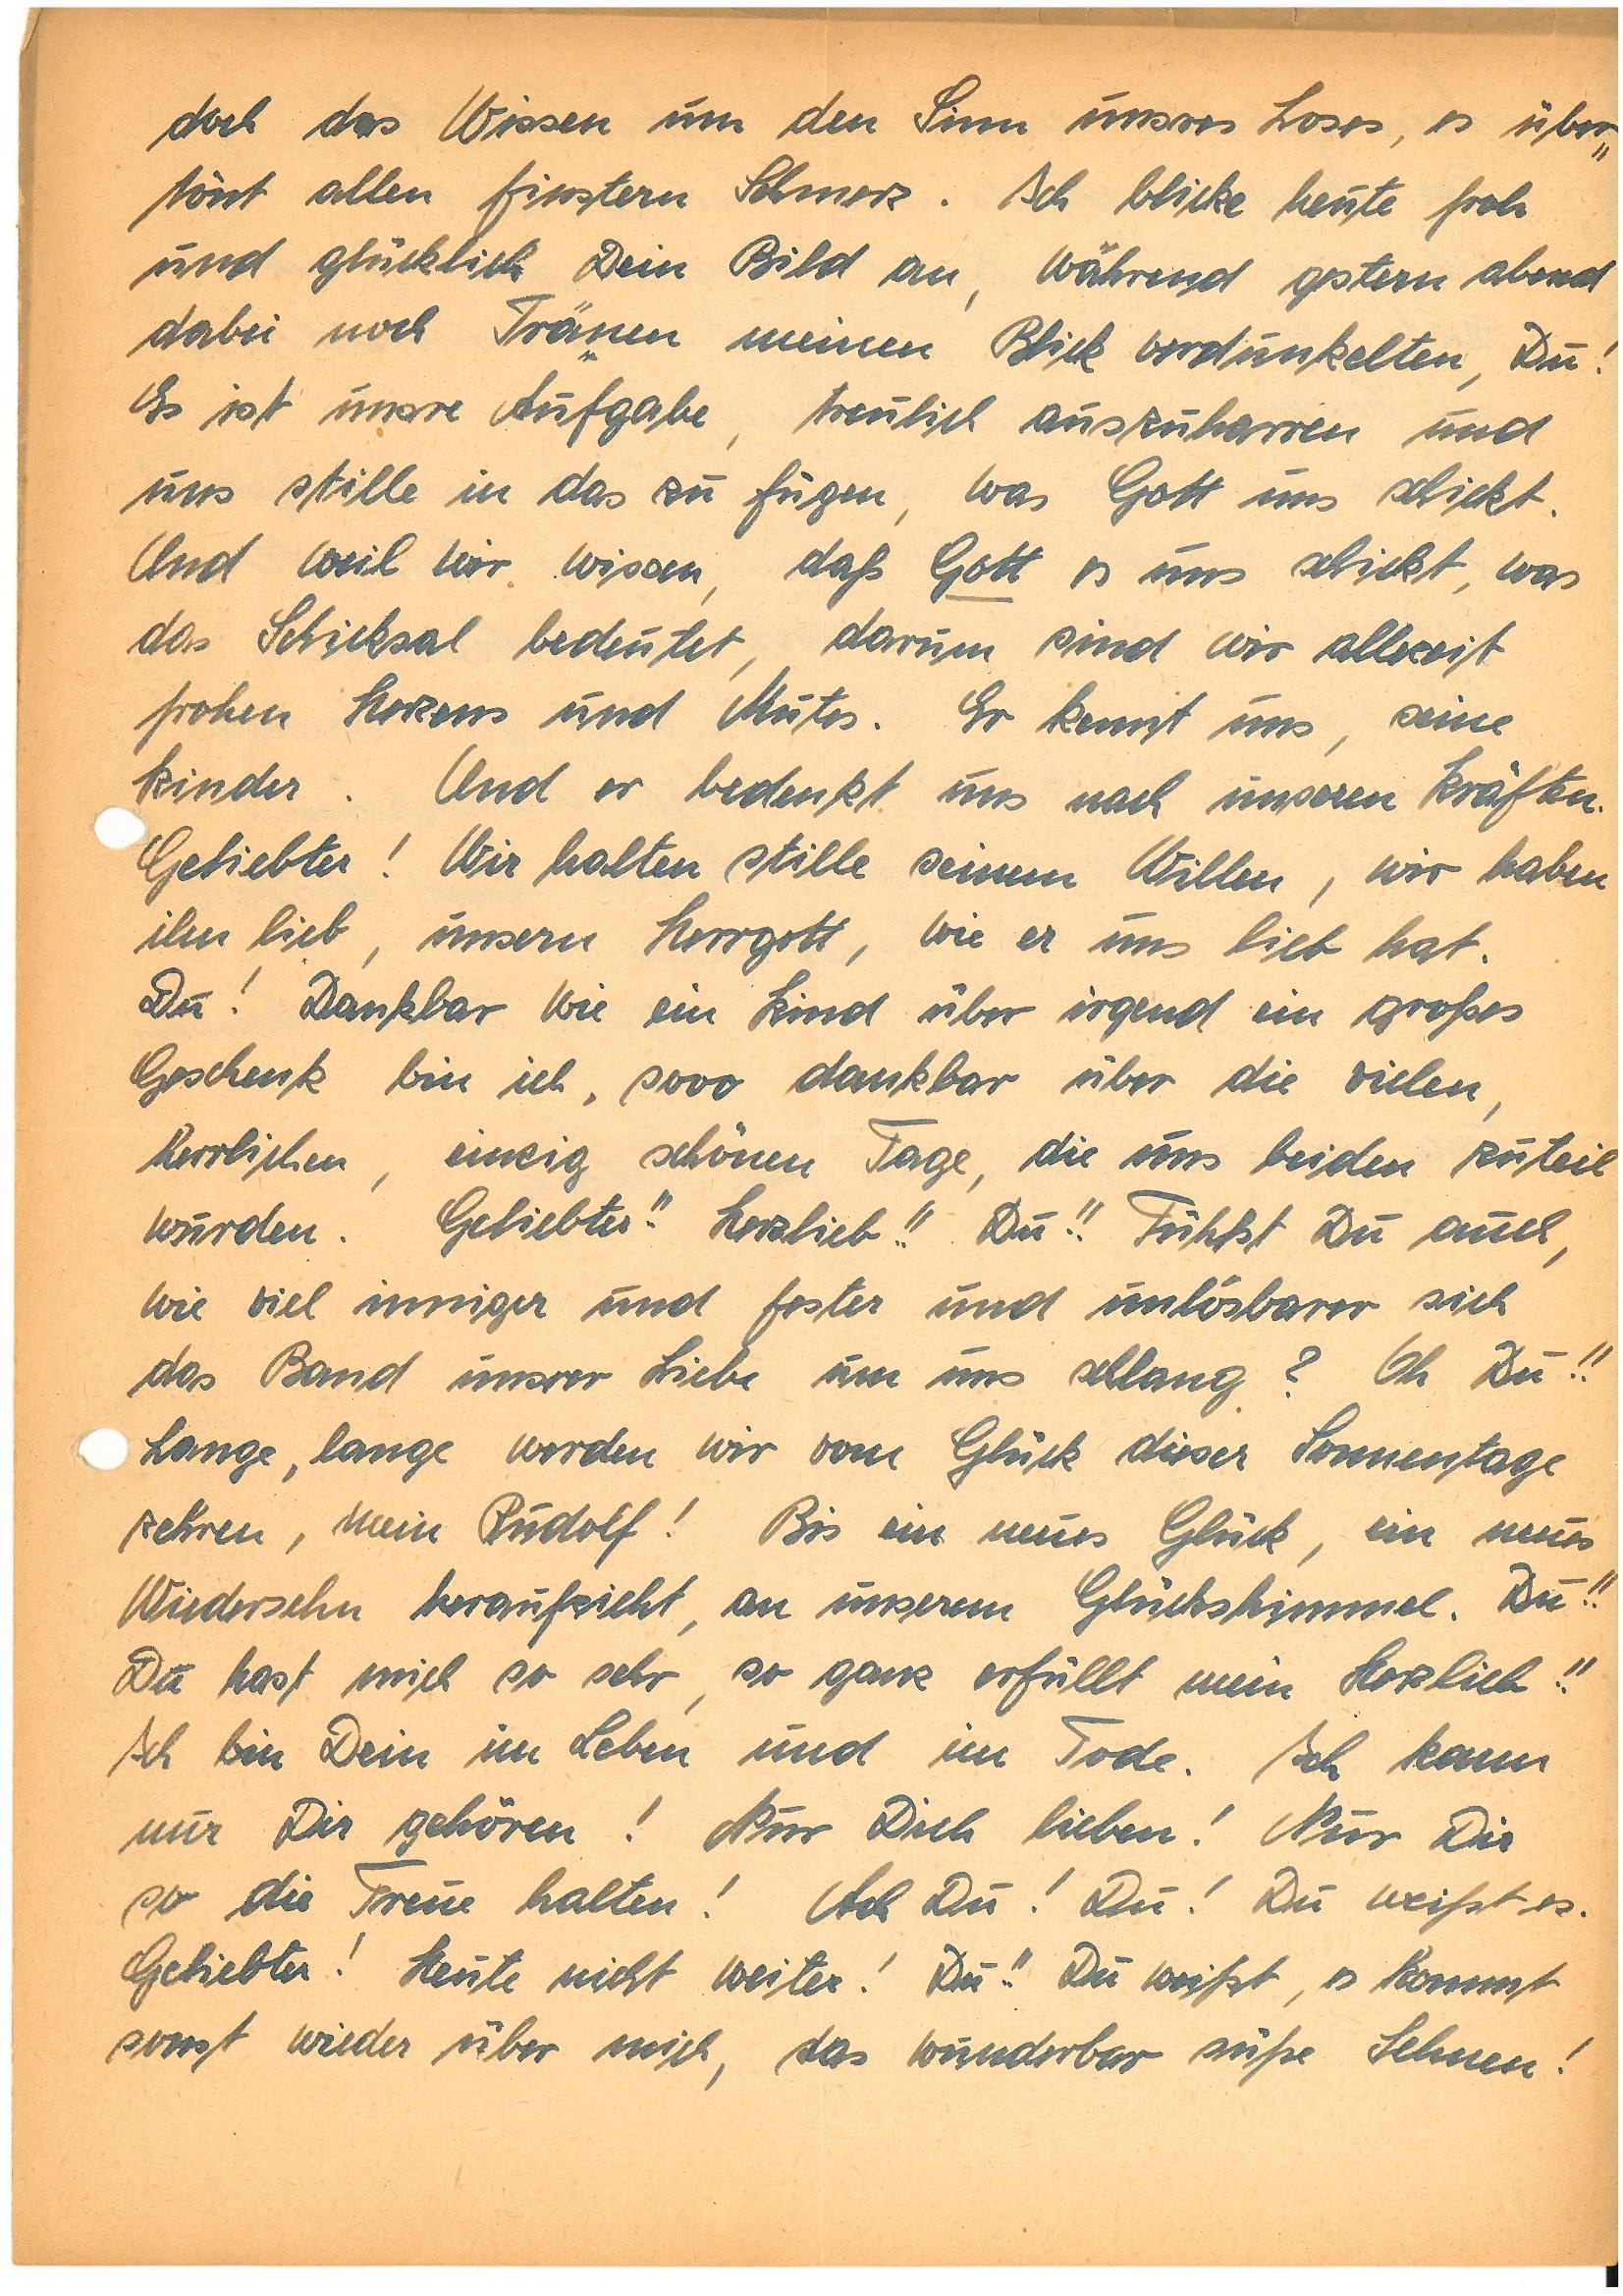
doch das Wissen um den Sinn unsres Loses, es über¬
tönt allen finstern Schmerz. Ich blicke heute froh
und glücklich Dein Bild an, während gestern abend
dabei noch Tränen meinen Blick verdunkelten, Du!
Es ist unsre Aufgabe, treulich auszuharren und
uns stille in das zu fügen, was Gott uns schickt.
Und weil wir wissen, daß Gott es uns schickt, was
das Schicksal bedeutet, darum sind wir allzeit
frohen Herzens und Mutes. Er kennt uns, seine
Kinder. Und er bedenkt uns nach unseren Kräften,
Geliebter! Wir halten stille seinem Willen, wir haben
ihn lieb, unsern Herrgott, wie er uns lieb hat.
Du! Dankbar wie ein Kind über irgend ein großes
Geschenk bin ich, sooo dankbar über die vielen,
herrlichen, einzig schönen Tage, die uns beiden zuteil
wurden. Geliebter!! Herzlieb!! Du!! Fühlst Du auch,
wie viel inniger und fester und unlösbarer sich
das Band unsrer Liebe um uns schlang? Oh Du!!
Lange, lange werden wir vom Glück dieser Sonnentage
zehren, mein ! Bis ein neues Glück, ein neues
Wiedersehen herauf zieht, an unserem Glückshimmel. Du!!
Du hast mich so sehr, so ganz erfüllt mein Herzlieb!!
Ich bin Dein im Leben und im Tode. Ich kann
nur Dir gehören! Nur Dich lieben! Nur Dir
so die Treue halten! Ach Du! Du! Du weißt es.
Geliebter! Heute nicht weiter! Du!! Du weißt, es kommt
sonst wieder über mich, das wunderbar süße Sehnen!